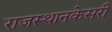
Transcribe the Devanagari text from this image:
राजस्थानकेसरी